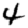
Digit: 4